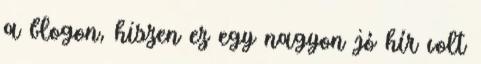
a blogon, hiszen ez egy nagyon jó hír volt